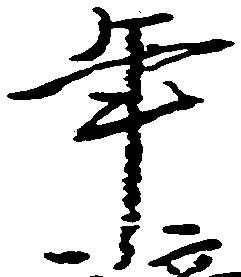
年